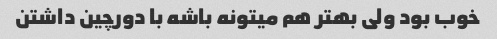
خوب بود ولی بهتر هم میتونه باشه با دورچین داشتن